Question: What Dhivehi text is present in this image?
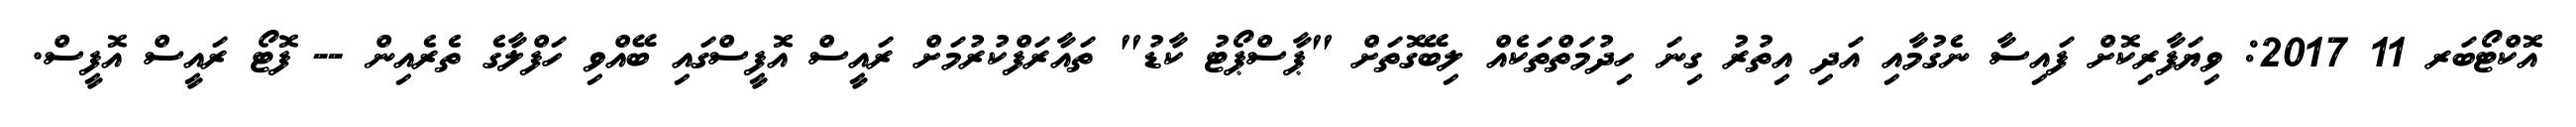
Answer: އޮކްޓޯބަރ 11 2017: ވިޔަފާރިކޮށް ފައިސާ ނެގުމާއި އަދި އިތުރު ގިނަ ހިދުމަތްތަކެއް ލިބޭގޮތަށް "ޕާސްޕޯޓު ކާޑު" ތައާރަފްކުރުމަށް ރައީސް އޮފީސްގައި ބޭއްވި ހަފްލާގެ ތެރެއިން -- ފޮޓޯ ރައީސް އޮފީސް.